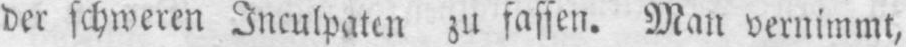
der schweren Inculpaten zu fassen. Man vernimmt,